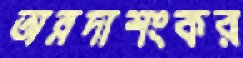
অন্নদাশংকর